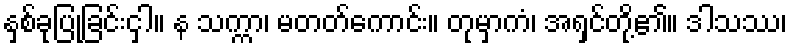
နှစ်ခုပြုခြင်းငှါ။ န သက္ကာ၊ မတတ်ကောင်း။ တုမှာကံ၊ အရှင်တို့၏။ ဒါသဿ၊